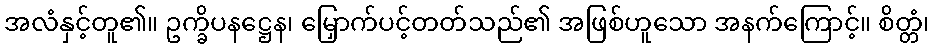
အလံနှင့်တူ၏။ ဥက္ခိပနဋ္ဌေန၊ မြှောက်ပင့်တတ်သည်၏ အဖြစ်ဟူသော အနက်ကြောင့်။ စိတ္တံ၊